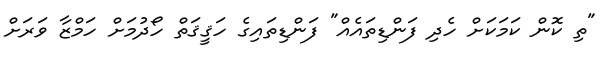
"ތި ކޮން ކަމަކަށް ހެދި ފަންޑިތައެއް" ފަންޑިތައިގެ ހަޤީޤަތް ހޯދުމަށް ހަމްޒާ ވަރަށް